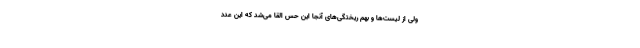
ولی از لیست‌ها و بهم ریختگی‌های آنجا این حس القا می‌شد که این عدد